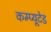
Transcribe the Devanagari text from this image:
कम्प्यूटेड